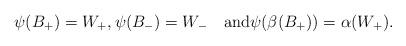
LaTeX: \begin{align*}\psi(B_+)=W_+,\psi(B_-)=W_-\quad\mbox{and}\psi(\beta(B_+))=\alpha(W_+).\end{align*}